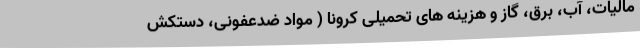
مالیات، آب، برق، گاز و هزینه های تحمیلی کرونا ( مواد ضدعفونی، دستکش